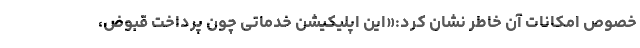
خصوص امکانات آن خاطر نشان کرد:«این اپلیکیشن خدماتی چون پرداخت قبوض،